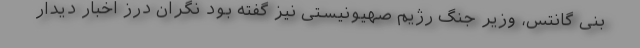
بنی گانتس، وزیر جنگ رژیم صهیونیستی نیز گفته بود نگران درز اخبار دیدار